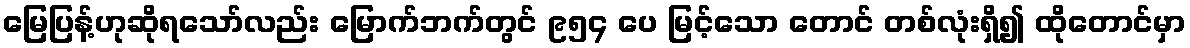
မြေပြန့်ဟုဆိုရသော်လည်း မြောက်ဘက်တွင် ၉၅၄ ပေ မြင့်သော တောင် တစ်လုံးရှိ၍ ထိုတောင်မှာ